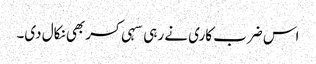
اس ضرب کاری نے رہی سہی کسربھی نکال دی۔